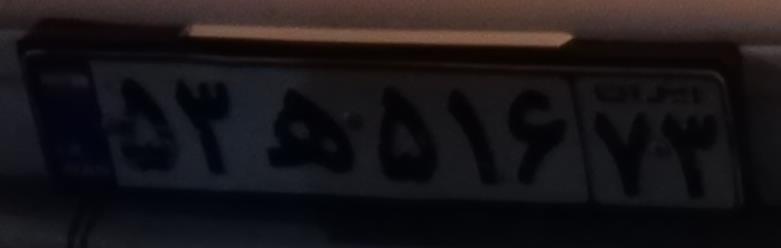
۵۳ه۵۱۶۷۳